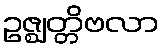
ဥဇ္ဈတ္တိဗလာ